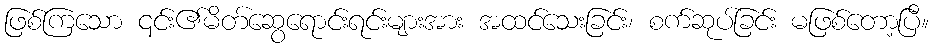
ဖြစ်ကြသော ၎င်း၏မိတ်ဆွေရောင်းရင်းများအား အထင်သေးခြင်း၊ စက်ဆုပ်ခြင်း မဖြစ်တော့ပြီ။